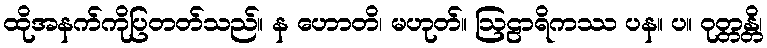
ထိုအနက်ကိုပြတတ်သည်။ န ဟောတိ၊ မဟုတ်။ ဩဠာရိကဿ ပန။ ပ။ ဝုတ္တန္တိ၊